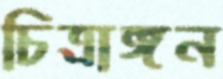
চিত্রাঙ্গন